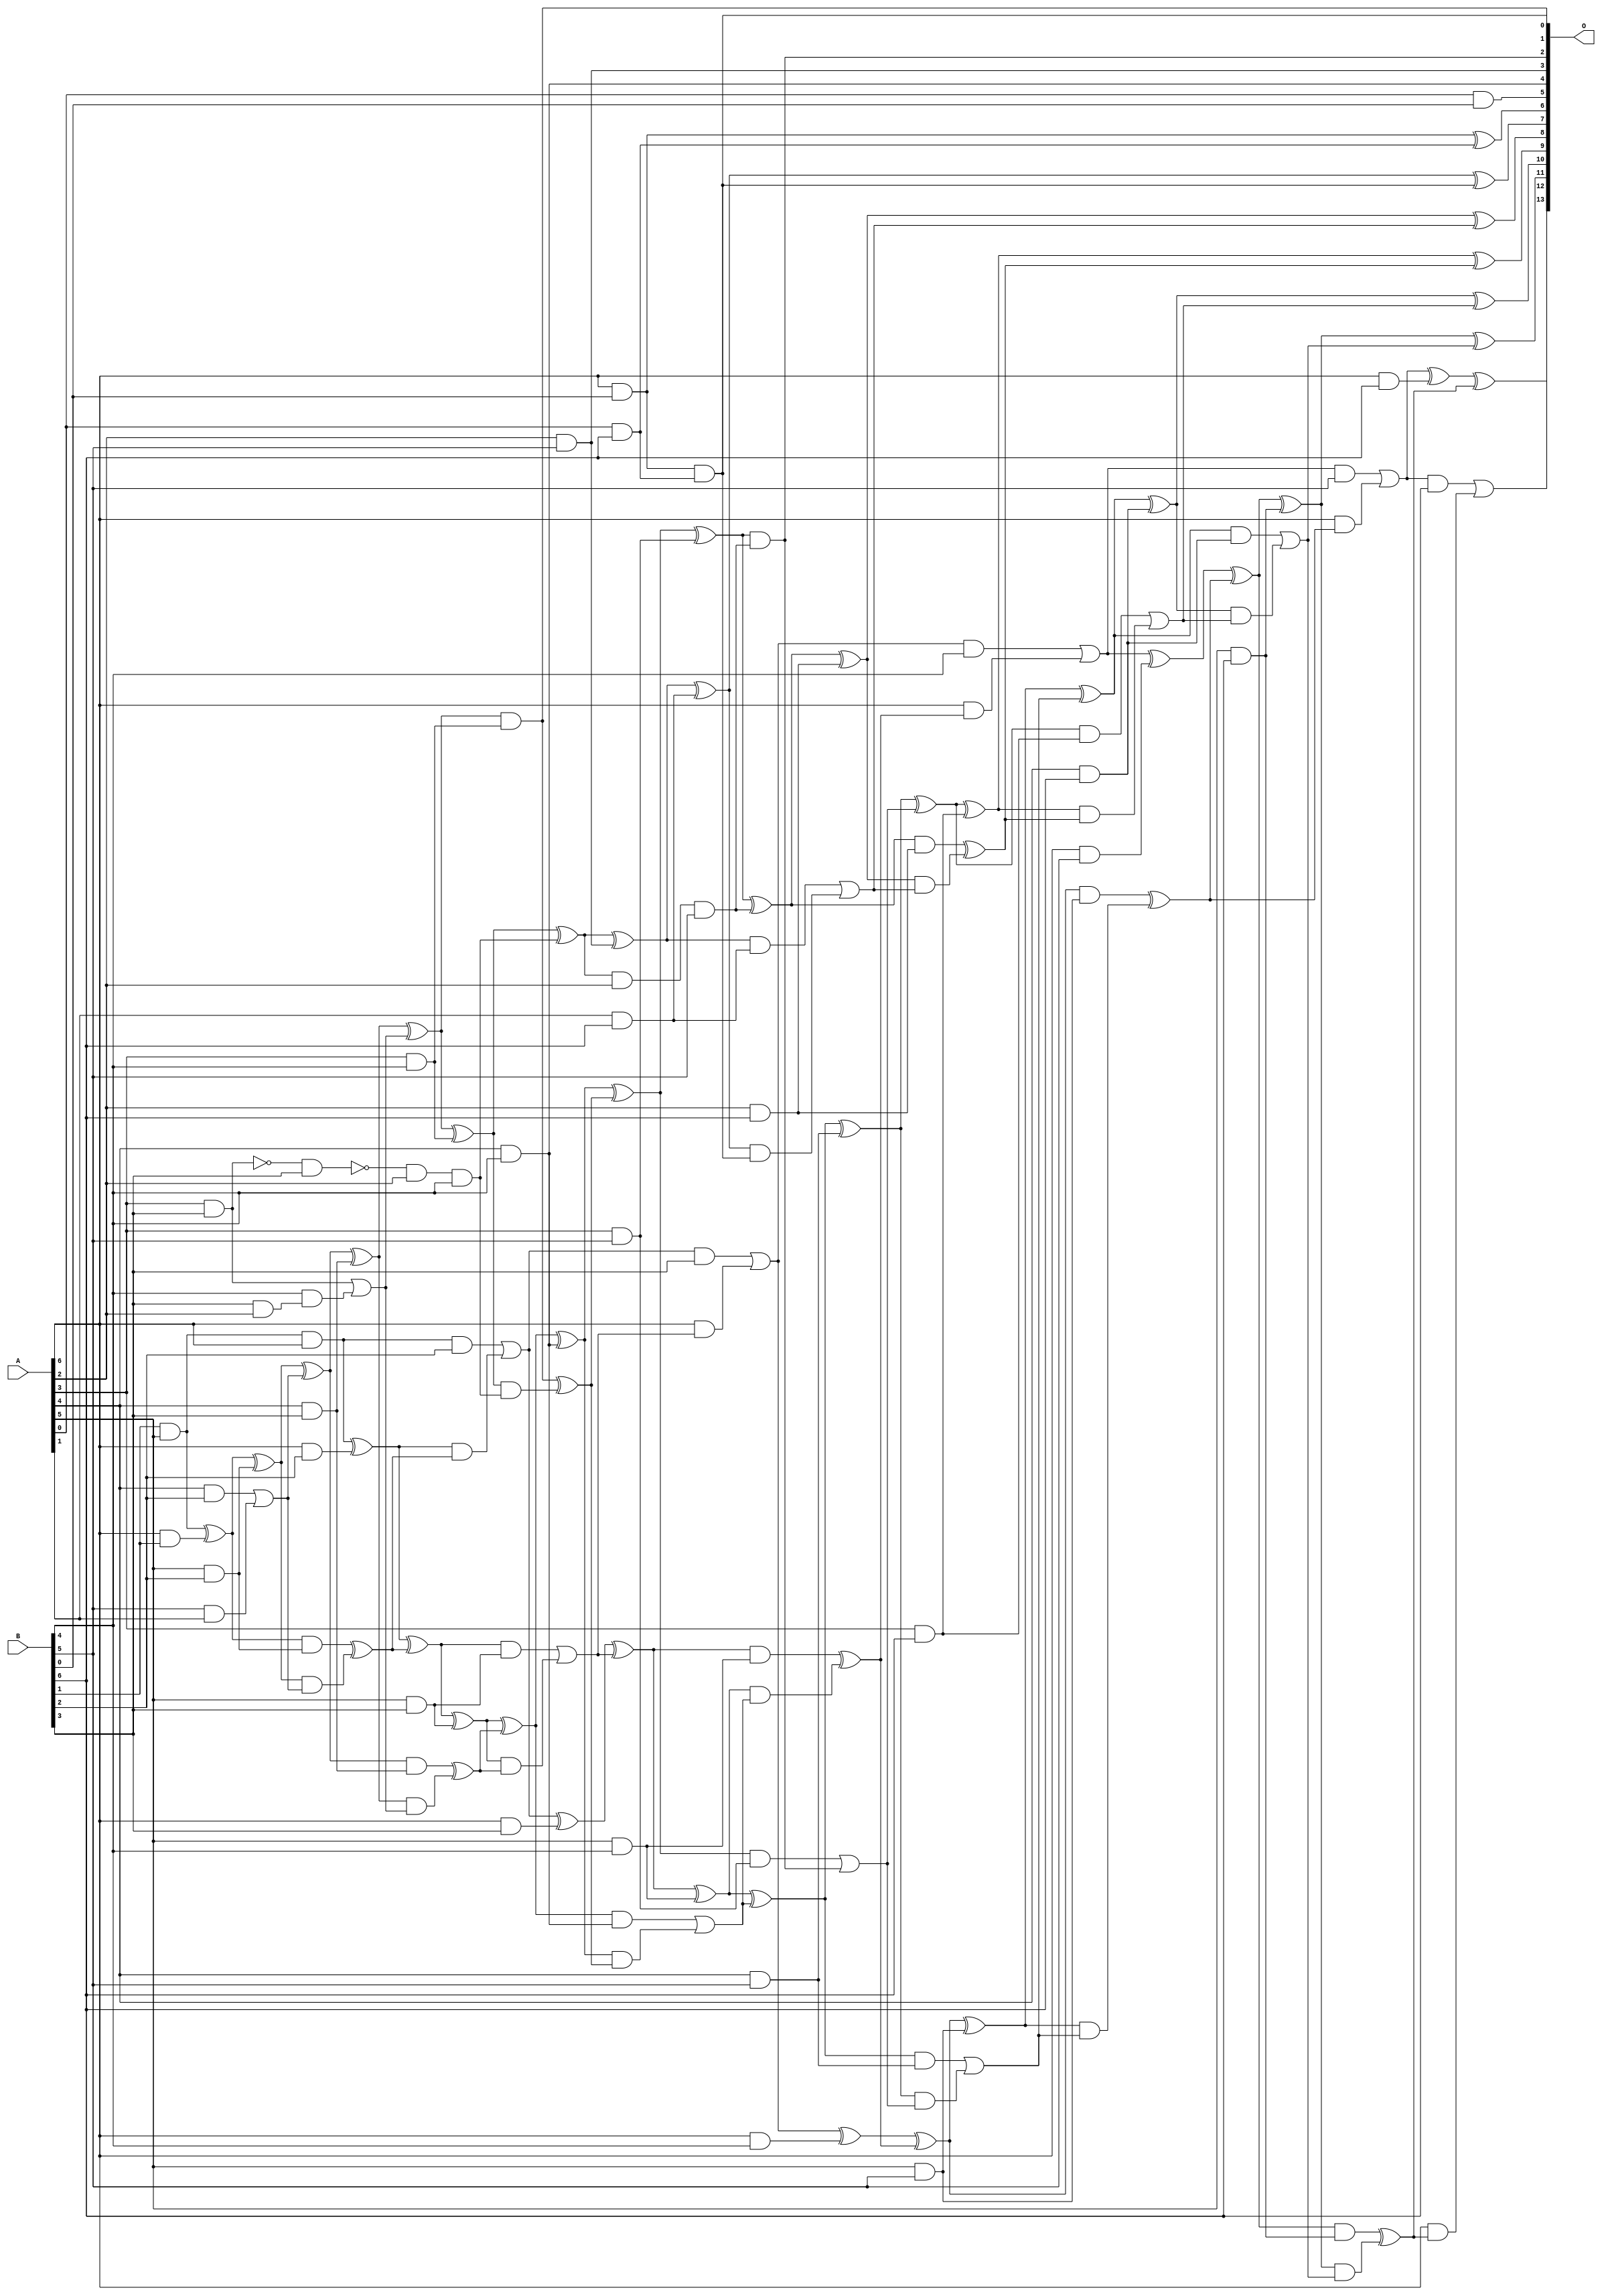
module mul7u_06Q(A, B, O);
  input [6:0] A, B;
  output [13:0] O;
  wire [6:0] A, B;
  wire [13:0] O;
  wire sig_27, sig_54, sig_55, sig_56, sig_62, sig_63;
  wire sig_82, sig_83, sig_85, sig_86, sig_87, sig_88;
  wire sig_89, sig_90, sig_91, sig_92, sig_93, sig_94;
  wire sig_95, sig_100, sig_101, sig_102, sig_114, sig_115;
  wire sig_116, sig_117, sig_118, sig_119, sig_120, sig_121;
  wire sig_122, sig_123, sig_124, sig_125, sig_126, sig_127;
  wire sig_128, sig_129, sig_130, sig_131, sig_132, sig_133;
  wire sig_134, sig_138, sig_140, sig_141, sig_150, sig_153;
  wire sig_154, sig_156, sig_157, sig_158, sig_159, sig_160;
  wire sig_161, sig_162, sig_163, sig_164, sig_165, sig_166;
  wire sig_167, sig_168, sig_169, sig_170, sig_171, sig_172;
  wire sig_173, sig_177, sig_178, sig_179, sig_180, sig_186;
  wire sig_188, sig_189, sig_191, sig_192, sig_193, sig_194;
  wire sig_196, sig_197, sig_198, sig_199, sig_200, sig_201;
  wire sig_202, sig_203, sig_204, sig_205, sig_206, sig_207;
  wire sig_208, sig_209, sig_210, sig_211, sig_212, sig_213;
  wire sig_214, sig_215, sig_216, sig_217, sig_218, sig_219;
  wire sig_222, sig_223, sig_224, sig_226, sig_227, sig_228;
  wire sig_229, sig_231, sig_232, sig_233, sig_234, sig_236;
  wire sig_237, sig_238, sig_239, sig_241, sig_242, sig_243;
  wire sig_244, sig_246, sig_247, sig_248, sig_249;
  assign sig_27 = A[6] & B[1];
  assign sig_54 = B[1] & A[5];
  assign sig_55 = sig_54 ^ sig_27;
  assign sig_56 = sig_54 & A[6];
  assign sig_62 = A[5] & B[2];
  assign sig_63 = A[6] & B[2];
  assign sig_82 = A[4] & B[2];
  assign sig_83 = B[5] & A[1];
  assign sig_85 = sig_82 | sig_83;
  assign sig_86 = sig_55 ^ sig_62;
  assign sig_87 = sig_55 & sig_62;
  assign sig_88 = sig_86 & sig_85;
  assign sig_89 = sig_86 ^ sig_85;
  assign sig_90 = sig_87 ^ sig_88;
  assign sig_91 = sig_56 ^ sig_63;
  assign sig_92 = sig_56 & B[2];
  assign sig_93 = sig_91 & sig_90;
  assign sig_94 = sig_91 ^ sig_90;
  assign sig_95 = sig_92 | sig_93;
  assign sig_100 = A[4] & B[3];
  assign sig_101 = A[5] & B[3];
  assign sig_102 = A[6] & B[3];
  assign sig_114 = B[3] & A[2];
  assign sig_115 = !(A[3] & B[3]);
  assign sig_116 = B[3] & A[3];
  assign sig_117 = B[4] & sig_114;
  assign sig_118 = !(sig_115 & B[3]);
  assign sig_119 = sig_116 | sig_117;
  assign sig_120 = sig_89 ^ sig_100;
  assign sig_121 = sig_89 & sig_100;
  assign sig_122 = sig_120 & sig_119;
  assign sig_123 = sig_120 ^ sig_119;
  assign sig_124 = sig_121 ^ sig_122;
  assign sig_125 = sig_94 ^ sig_101;
  assign sig_126 = sig_94 & sig_101;
  assign sig_127 = sig_125 & sig_124;
  assign sig_128 = sig_125 ^ sig_124;
  assign sig_129 = sig_126 | sig_127;
  assign sig_130 = sig_95 ^ sig_102;
  assign sig_131 = sig_95 & B[3];
  assign sig_132 = A[6] & sig_129;
  assign sig_133 = sig_130 ^ sig_129;
  assign sig_134 = sig_131 | sig_132;
  assign O[5] = A[0] & B[0];
  assign sig_138 = A[3] & B[4];
  assign O[4] = A[4] & B[4];
  assign sig_140 = A[5] & B[4];
  assign sig_141 = A[6] & B[4];
  assign sig_150 = sig_118 & A[2];
  assign sig_153 = sig_150 & B[4];
  assign sig_154 = sig_123 ^ sig_138;
  assign O[0] = sig_123 & sig_138;
  assign sig_156 = sig_154 & sig_153;
  assign sig_157 = sig_154 ^ sig_153;
  assign sig_158 = O[0] ^ sig_156;
  assign sig_159 = sig_128 ^ O[4];
  assign sig_160 = sig_128 & O[4];
  assign sig_161 = sig_159 & sig_158;
  assign sig_162 = sig_159 ^ sig_158;
  assign sig_163 = sig_160 | sig_161;
  assign sig_164 = sig_133 ^ sig_140;
  assign sig_165 = sig_133 & sig_140;
  assign sig_166 = sig_164 & sig_163;
  assign sig_167 = sig_164 ^ sig_163;
  assign sig_168 = sig_165 ^ sig_166;
  assign sig_169 = sig_134 ^ sig_141;
  assign sig_170 = sig_134 & B[4];
  assign sig_171 = A[6] & sig_168;
  assign sig_172 = sig_169 ^ sig_168;
  assign sig_173 = sig_170 | sig_171;
  assign O[3] = A[2] & B[5];
  assign sig_177 = A[3] & B[5];
  assign sig_178 = A[4] & B[5];
  assign sig_179 = A[5] & B[5];
  assign sig_180 = A[6] & B[5];
  assign sig_186 = A[6] & B[0];
  assign sig_188 = sig_157 ^ O[3];
  assign sig_189 = sig_157 & A[2];
  assign sig_191 = sig_188;
  assign sig_192 = sig_189 & B[5];
  assign sig_193 = sig_162 ^ sig_177;
  assign sig_194 = sig_162 & sig_177;
  assign O[2] = sig_193 & sig_192;
  assign sig_196 = sig_193 ^ sig_192;
  assign sig_197 = sig_194 | O[2];
  assign sig_198 = sig_167 ^ sig_178;
  assign sig_199 = sig_167 & sig_178;
  assign sig_200 = sig_198 & sig_197;
  assign sig_201 = sig_198 ^ sig_197;
  assign sig_202 = sig_199 | sig_200;
  assign sig_203 = sig_172 ^ sig_179;
  assign sig_204 = sig_172 & sig_179;
  assign sig_205 = sig_203 & sig_202;
  assign sig_206 = sig_203 ^ sig_202;
  assign sig_207 = sig_204 ^ sig_205;
  assign sig_208 = sig_173 ^ sig_180;
  assign sig_209 = sig_173 & B[5];
  assign sig_210 = A[6] & sig_207;
  assign sig_211 = sig_208 ^ sig_207;
  assign sig_212 = sig_209 | sig_210;
  assign sig_213 = A[0] & B[6];
  assign sig_214 = A[1] & B[6];
  assign sig_215 = A[2] & B[6];
  assign sig_216 = A[3] & B[6];
  assign sig_217 = A[4] & B[6];
  assign sig_218 = A[5] & B[6];
  assign sig_219 = A[6] & B[6];
  assign O[6] = sig_186 ^ sig_213;
  assign O[1] = sig_186 & sig_213;
  assign sig_222 = sig_191 ^ sig_214;
  assign sig_223 = sig_191 & sig_214;
  assign sig_224 = sig_222 & O[1];
  assign O[7] = sig_222 ^ O[1];
  assign sig_226 = sig_223 | sig_224;
  assign sig_227 = sig_196 ^ sig_215;
  assign sig_228 = sig_196 & sig_215;
  assign sig_229 = sig_227 & sig_226;
  assign O[8] = sig_227 ^ sig_226;
  assign sig_231 = sig_228 ^ sig_229;
  assign sig_232 = sig_201 ^ sig_216;
  assign sig_233 = sig_201 & sig_216;
  assign sig_234 = sig_232 & sig_231;
  assign O[9] = sig_232 ^ sig_231;
  assign sig_236 = sig_233 | sig_234;
  assign sig_237 = sig_206 ^ sig_217;
  assign sig_238 = sig_206 & sig_217;
  assign sig_239 = sig_237 & sig_236;
  assign O[10] = sig_237 ^ sig_236;
  assign sig_241 = sig_238 | sig_239;
  assign sig_242 = sig_211 ^ sig_218;
  assign sig_243 = sig_211 & sig_218;
  assign sig_244 = sig_242 & sig_241;
  assign O[11] = sig_242 ^ sig_241;
  assign sig_246 = sig_243 ^ sig_244;
  assign sig_247 = sig_212 ^ sig_219;
  assign sig_248 = sig_212 & B[6];
  assign sig_249 = A[6] & sig_246;
  assign O[12] = sig_247 ^ sig_246;
  assign O[13] = sig_248 | sig_249;
endmodule